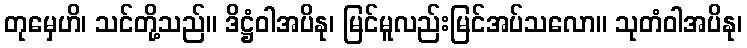
တုမှေဟိ၊ သင်တို့သည်။ ဒိဋ္ဌံဝါအပိနု၊ မြင်မူလည်းမြင်အပ်သလော။ သုတံဝါအပိနု၊